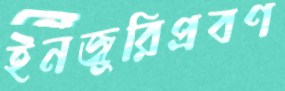
ইনজুরিপ্রবণ